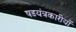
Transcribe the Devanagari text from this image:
षडयंत्रकारीयों